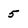
Character: 5